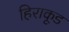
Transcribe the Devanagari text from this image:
हिराकूड